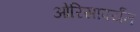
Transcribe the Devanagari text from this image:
ओरिसापर्यंत